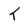
Character: T